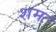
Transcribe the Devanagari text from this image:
शमः